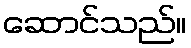
ဆောင်သည်။